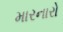
મારનારો